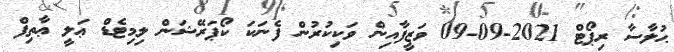
ޙުލާސާ ރިޕޯޓް 2021-09-09 ވަޒީފާއިން ވަކިކުރުން ފެނަކަ ކޯޕަރޭޝަން ލިމިޓެޑް ޢަލީ ޢާތިފް